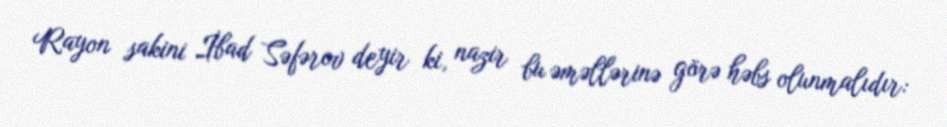
Rayon sakini İbad Səfərov deyir ki, nazir bu əməllərinə görə həbs olunmalıdır: